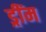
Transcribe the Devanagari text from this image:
ड्रींम